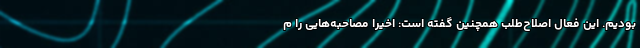
بودیم. این فعال اصلاح‌طلب همچنین گفته است: اخیرا مصاحبه‌هایی را م